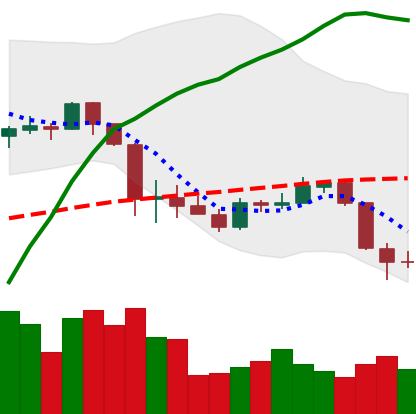
Ticker: ADA-USD
Chart end date: 2020-03-10
Forward return: -34.643%
Label: down_7plus